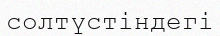
солтүстіндегі